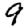
Digit: 9